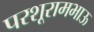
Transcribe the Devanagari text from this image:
परशूरामभाऊ